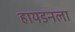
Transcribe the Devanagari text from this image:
हायडनला